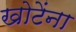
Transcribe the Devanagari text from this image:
खोटेंना